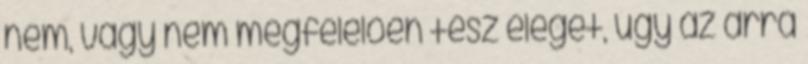
nem, vagy nem megfelelően tesz eleget, úgy az arra